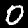
Digit: 0